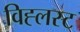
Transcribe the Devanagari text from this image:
विह्लस्ट